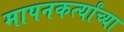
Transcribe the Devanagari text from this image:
मापनकर्त्यांच्या